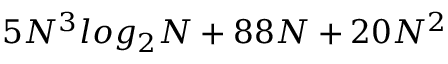
5 N ^ { 3 } l o g _ { 2 } N + 8 8 N + 2 0 N ^ { 2 }